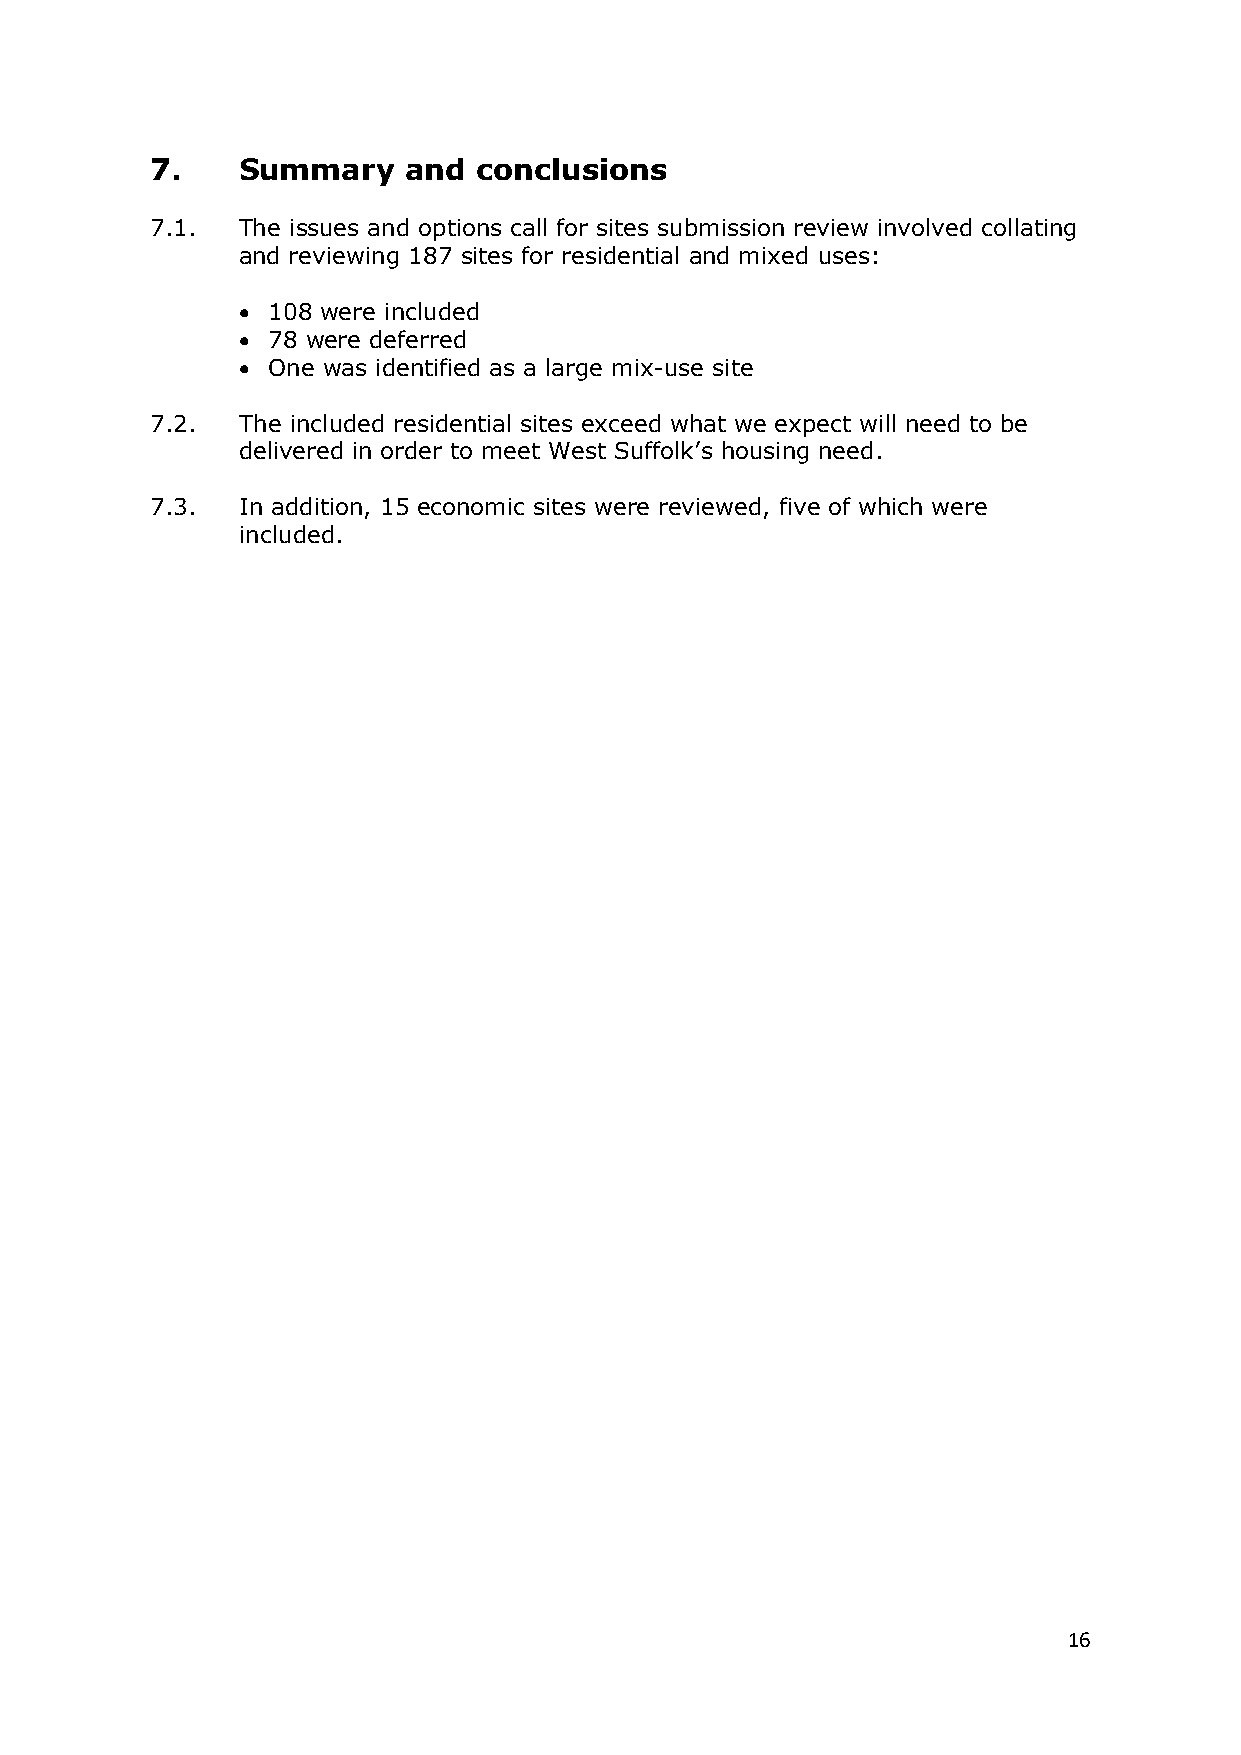
7.    Summary    and  conclusions
 7.1.  The issues and options call for sites submission review involved collating
 and reviewing 187 sites for residential and mixed uses:
 • 108 were included
 • 78 were deferred
 • One was identified as a large mix-use site
 7.2.  The included residential sites exceed what we expect will need to be
 delivered in order to meet West Suffolk’s housing need.
 7.3.  In addition, 15 economic sites were reviewed, five of which were
 included.
 16